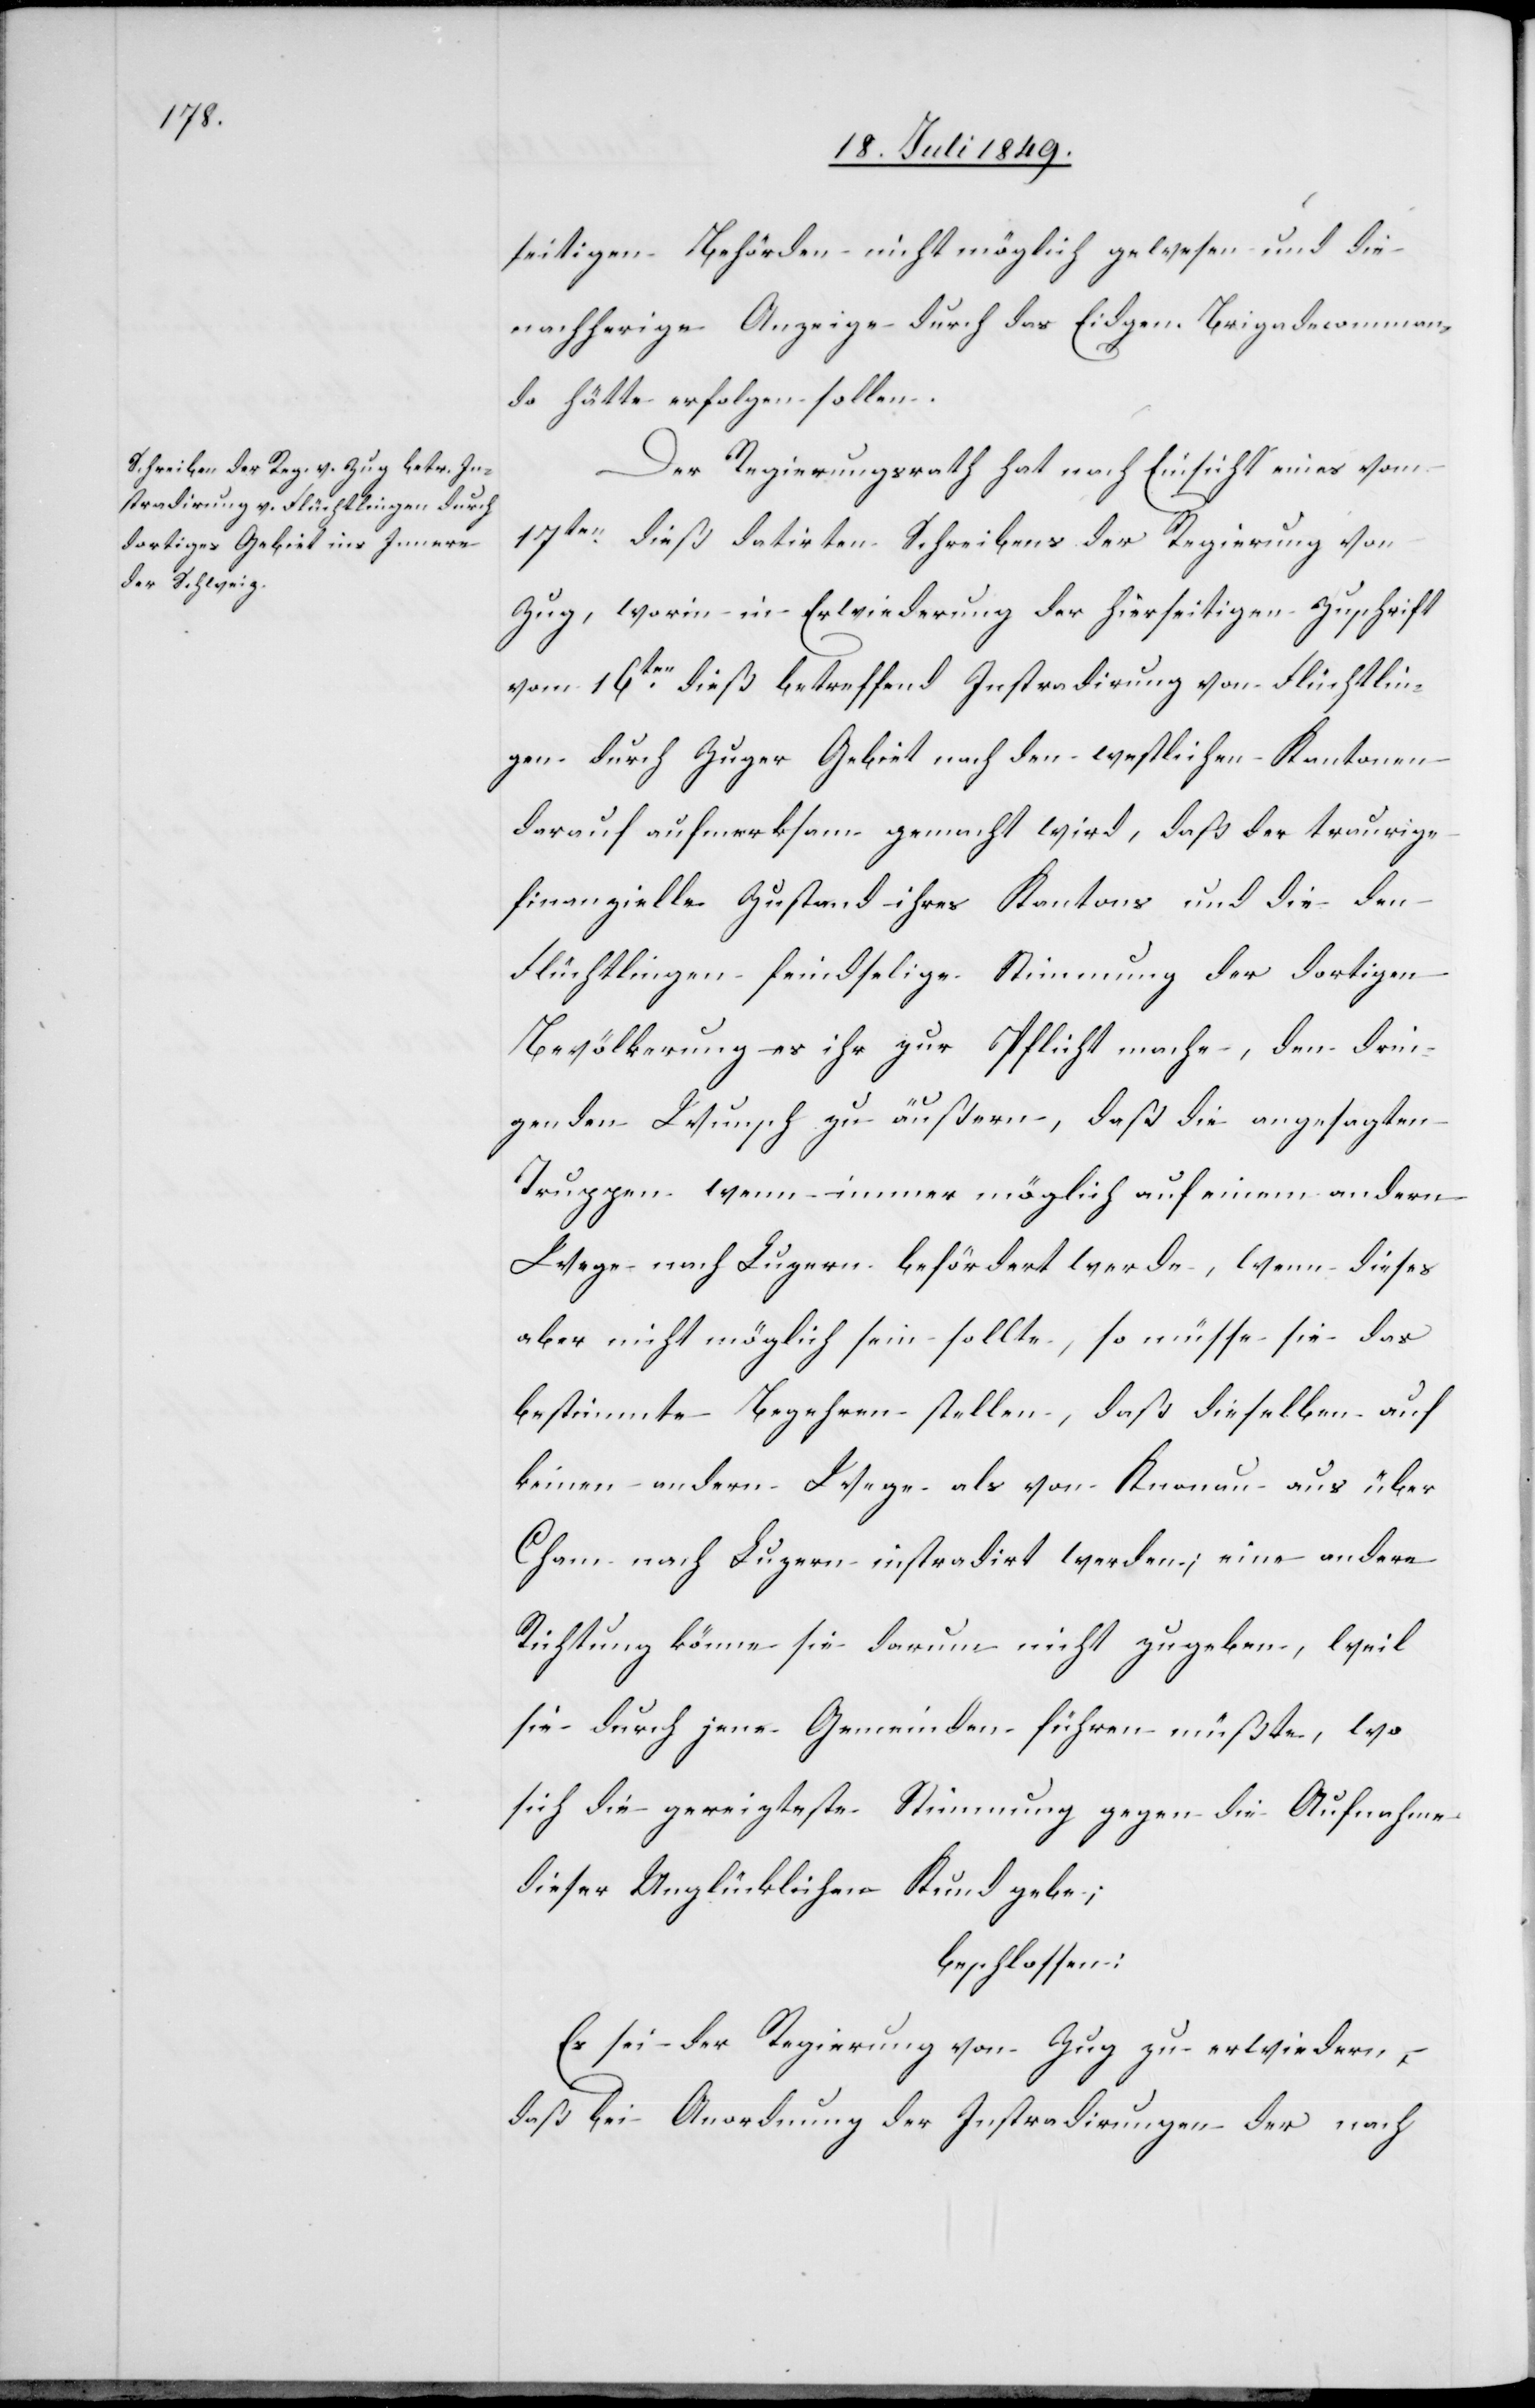
seitigen Behörden nicht möglich gewesen und die
nachherige Anzeige durch das Eidgen. Brigadecomman¬
do hätte erfolgen sollen.
Der Regierungsrath hat nach Einsicht eines vom
17ten dieß datirten Schreibens der Regierung von
Zug, worin in Erwiederung der hierseitigen Zuschrift
vom 16ten dieß betreffend Instradirung von Flüchtlin¬
gen durch Zuger Gebiet nach den westlichen Kantonen
darauf aufmerksam gemacht wird, daß der traurige
finanzielle Zustand ihres Kantons und die den
Flüchtlingen feindselige Stimmung der dortigen
Bevölkerung es ihr zur Pflicht mache, den drin¬
genden Wunsch zu äußern, daß die angesagten
Truppen wenn immer möglich auf einem andern
Wege nach Luzern befördert werde, wenn dieses
aber nicht möglich sein sollte, so müsse sie das
bestimmte Begehren stellen, daß dieselben auf
keinen anderm Wege als von Knonau aus über
Cham nach Luzern instradirt werden; eine andere
Richtung könne sie darum nicht zugeben, weil
sie durch jene Gemeinden führen müßte, wo
sich die gereizteste Stimmung gegen die Aufnahme
dieser Unglücklichen Kund gebe;
beschlossen:
Es sei der Regierung von Zug zu erwiedern,
daß bei Anordnung der Instradirungen der nach